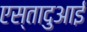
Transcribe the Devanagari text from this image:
एस्तादुआई